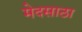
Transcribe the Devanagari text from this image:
मेदसाठा